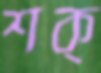
শক্